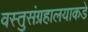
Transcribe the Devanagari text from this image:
वस्तुसंग्रहालयाकडे